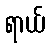
ရာယ်